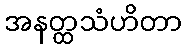
အနတ္ထသံဟိတာ